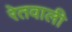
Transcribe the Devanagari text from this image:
रेतवाली